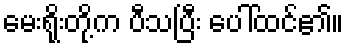
မေးရိုးတို့က ပီသပြီး ပေါ်ထင်၏။